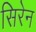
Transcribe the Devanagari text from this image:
सिरेन